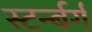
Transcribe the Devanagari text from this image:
स्टर्न्बर्ग